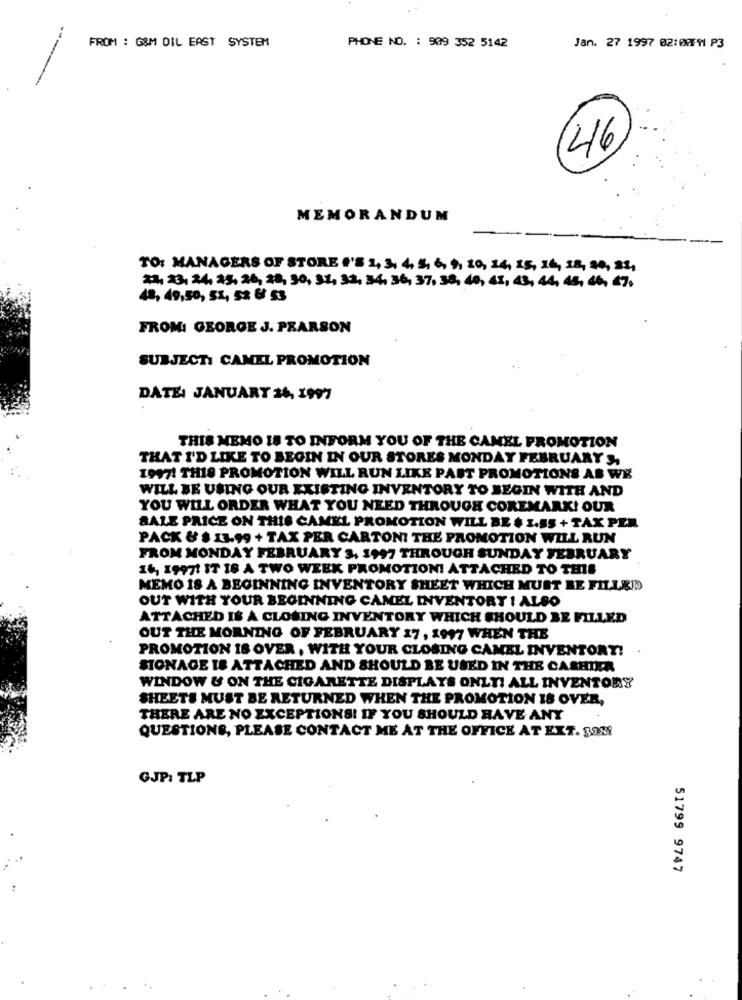
FROM : G&M OIL EAST SYSTEM
Jan. 27 1997 02:07FM P3
PHONE NO. : 909 352 5142
46
MEMORANDUM
TO: MANAGERS OF STORE 'S 1, 3, 4, 5, 6, 9, 10, 14, 15, 16, 18, 20, 25,
2, 23, 24, 25, 26, 28, 30, 31, 33, 34, 36, 37, 38, 40, 41, 43, 44, 48, 46, 47.
48, 49,50, 51, 52 6 53
FROM: GEORGE J. PEARSON
SUBJECT: CAMEL PROMOTION
DATE: JANUARY 26, 1997
THIS MEMO 18 TO INFORM YOU OF THE CAMEL PROMOTION
THAT I'D LIKE TO BEGIN IN OUR STORES MONDAY FEBRUARY S,
1997! THIS PROMOTION WILL RUN LIKE PAST PROMOTIONS AS WE
WILL BE USING OUR EXISTING INVENTORY TO BEGIN WITH AND
YOU WILL ORDER WHAT YOU NEED THROUGH COREMARK! OUR
SALE PRICE ON THIS CAMEL PROMOTION WILL BE $ 1.55 + TAX PER
PACK & $ 13.99 + TAX PER CARTONI THE PROMOTION WILL RUN
FROM MONDAY FEBRUARY 3, 1997 THROUGH SUNDAY FEBRUARY
16, 19971 IT 18 A TWO WEEK PROMOTIONI ATTACHED TO THIS
MEMO 18 A BEGINNING INVENTORY SHEET WHICH MUST BE FILLED
OUT WITH YOUR BEGINNING CAMEL INVENTORY ! ALSO
ATTACHED IS A CLOSING INVENTORY WHICH SHOULD BE FILLED
OUT THE MORNING OF FEBRUARY 17 , 1997 WHEN THE
PROMOTION IS OVER, WITH YOUR CLOSING CAMEL INVENTORY!
STONAGE IS ATTACHED AND SHOULD BE USED IN THE CASHIER
WINDOW & ON THE CIGARETTE DISPLAYS ONLY! ALL INVENTORY
SHEETS MUST BE RETURNED WHEN THE PROMOTION 18 OVER,
THERE ARE NO EXCEPTIONS! IF YOU SHOULD HAVE ANY
QUESTIONS, PLEASE CONTACT ME AT THE OFFICE AT EXT. 3981
GJP: TLP
51799 9747